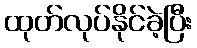
ထုတ်လုပ်နိုင်ခဲ့ပြီး